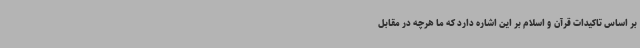
بر اساس تاکیدات قرآن و اسلام بر این اشاره دارد که ما هرچه در مقابل